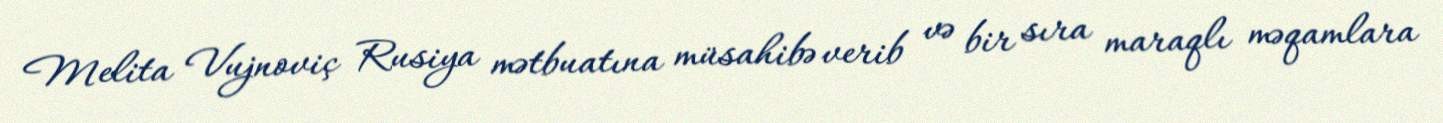
Melita Vujnoviç Rusiya mətbuatına müsahibə verib və bir sıra maraqlı məqamlara